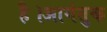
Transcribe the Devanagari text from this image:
है।आगंतुक